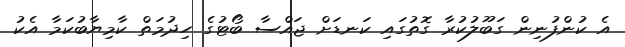
އެ ކުންފުނިން ގަބޫލުކުރާ ގޮތުގައި ކަނޑަށް ޖައްސާ ބޯޓުގެ ހިދުމަތް ކާމިޔާބުކަމާ އެކު